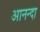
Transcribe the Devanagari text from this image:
आनन्दा